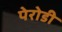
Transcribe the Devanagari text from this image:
पेरोडी